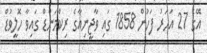
އޭގެ 27 އަހަރު ފަހުން 1858 ގައި ވާޖީނިއާގެ ރިކްމަންޑް ގައިވާ ހޮލީވުޑް